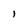
Character: I